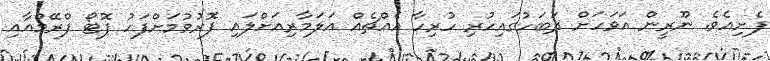
ފެށިއެވެ. ނޫރީން އަވަހަށް ދަބަހުގައިހުރި ހުރިހާ އެއްޗެއް އަލަމާރިއަށްލައި ފޮރުވުމަށްފަހު ފޮޓޯ ފްރޭމްއާއި